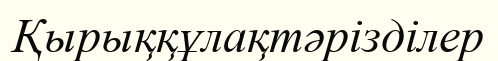
Қырыққұлақтәрізділер